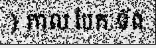
) កាល បែក ទ័ព